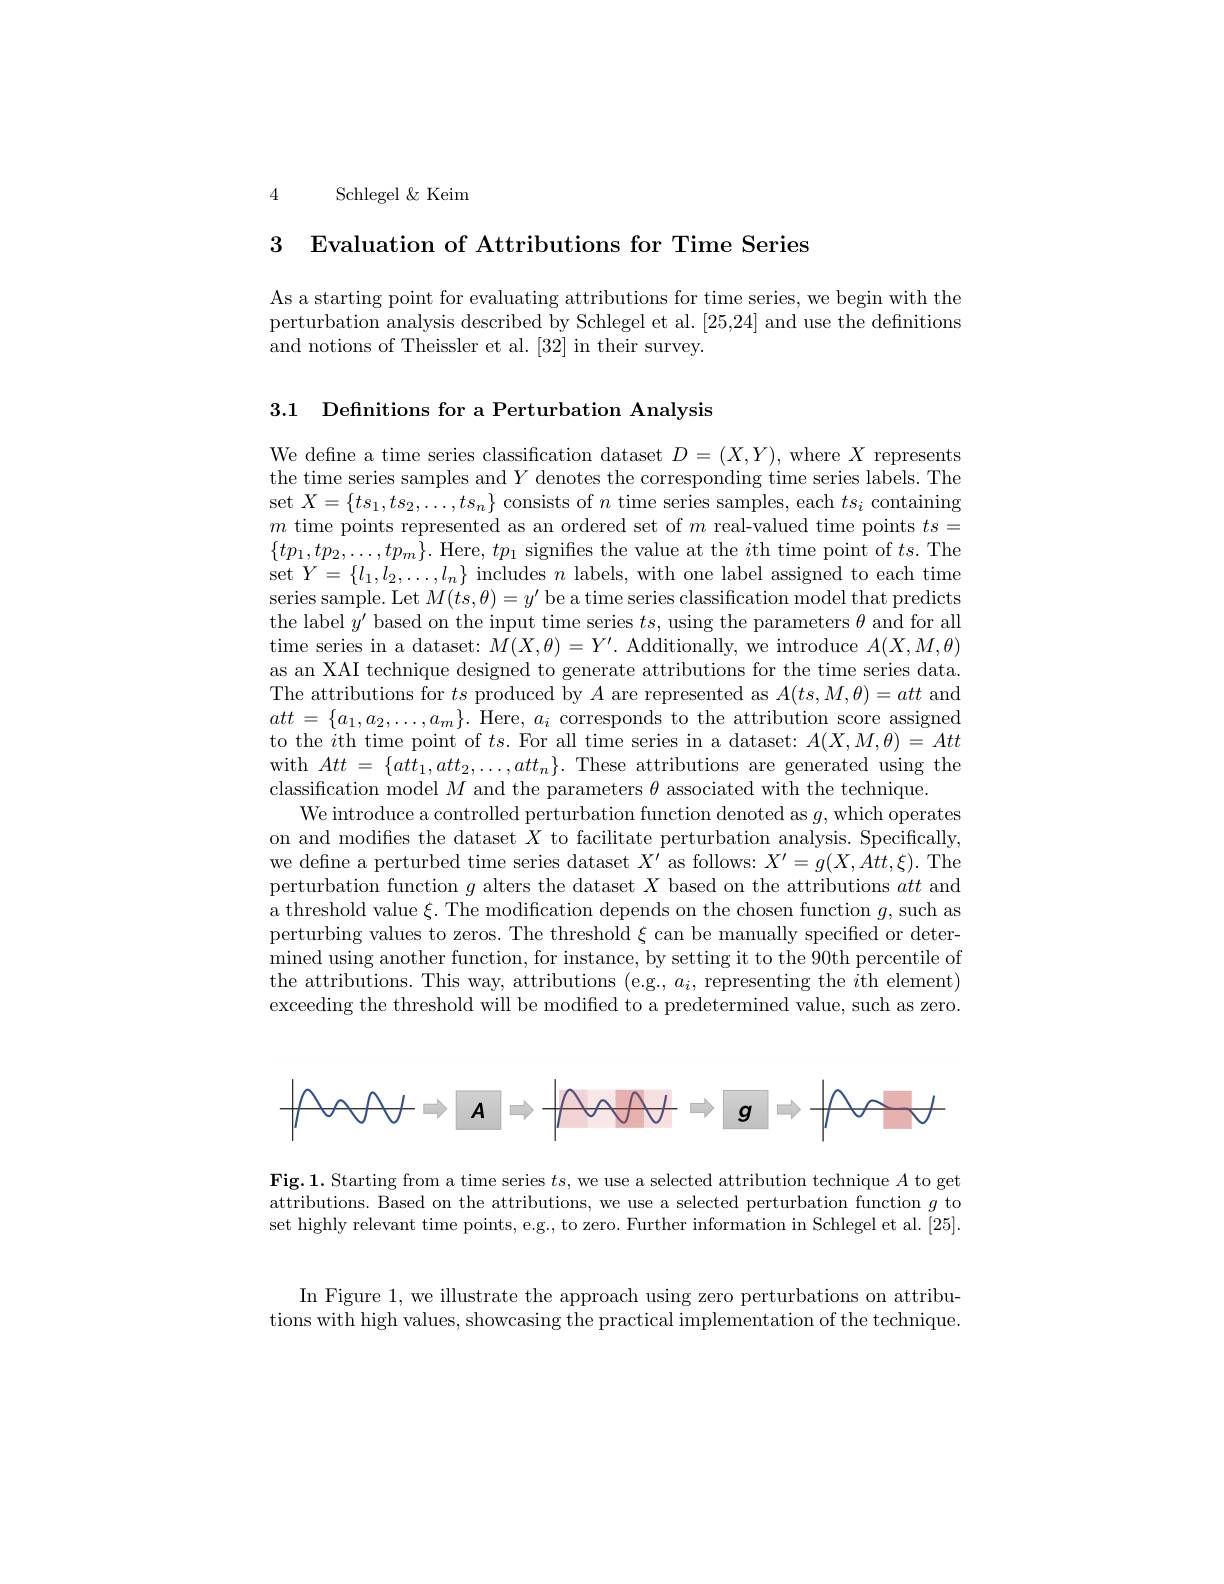
4 Schlegel$\&$Keim

3 Evaluation of Attributions for Time Series

As a starting point for evaluating attributions for time series, we begin with the perturbation analysis described by Schlegel et al. [25,24] and use the definitions and notions of Theissler et al. [32] in their survey.

3.1 Defnitions for a Perturbation Analysis

We define a time series classification dataset $D=(X,Y)$, where $X$ represents the time series samples and $Y$ denotes the corresponding time series labels. The set $X=\{ts_1,ts_2,\ldots,ts_n\}$ consists of $n$ time series samples, each $ts_i$ containing $m$ time points represented as an ordered set of $m$ real-valued time points $ts=$ $\{tp_{1},tp_{2},\ldots,tp_{m}\}.$ Here$,tp_1$ signifies the value at the $i$th time point of $ts.$The set $Y=\{l_{1},l_{2},\ldots,l_{n}\}$ includes $n$ labels, with one label assigned to each time series sample. Let $M(ts,\theta)=y^{\prime}$ be a time series classification model that predicts the label $y^\prime$ based on the input time series $ts$, using the parameters $\theta$ and for all time series in a dataset: $M(X,\theta)=Y^{\prime}.$ Additionally, we introduce $A(X,M,\theta)$ as an XAI technique designed to generate attributions for the time series data. The attributions for $ts$ produced by $A$ are represented as $A(ts,M,\theta)=att$ and $att=\{a_{1},a_{2},\ldots,a_{m}\}.$ Here, $a_i$ corresponds to the attribution score assigned to the $i$th time point of $ts.$ For all time series in a dataset: $A(X,M,\theta)=Att$ with $Att=\{att_1,att_2,\ldots,att_n\}.$ These attributions are generated using the classification model $M$ and the parameters $\theta$ associated with the technique.
We introduce a controlled perturbation function denoted as $g$, which operates on and modifies the dataset $X$ to facilitate perturbation analysis. Specifically, we define a perturbed time series dataset $X^\prime$ as follows: $X^\prime=g(X,Att,\xi).$ The perturbation function $g$ alters the dataset $X$ based on the attributions att and a threshold value $\xi$. The modification depends on the chosen function $g$, such as perturbing values to zeros. The threshold $\xi$ can be manually specified or determined using another function, for instance, by setting it to the 90th percentile of the attributions. This way, attributions (e.g., $a_i$, representing the $i$th element) exceeding the threshold will be modified to a predetermined value, such as zero
$$\boxed{10000}=\boxed{1000}\boxed{1000}\boxed{1000}\boxed{1000}\boxed{1000}$$
Fig.1. Starting from a time series $ts$, we use a selected attribution technique $A$ to get attributions. Based on the attributions, we use a selected perturbation function $g$ to set highly relevant time points, e.g., to zero. Further information in Schlegel et al. [25].

In Figure 1, we illustrate the approach using zero perturbations on attributions with high values, showcasing the practical implementation of the technique